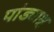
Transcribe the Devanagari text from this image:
पांड्याश्च